Madras plague regulations and rules for the inspection of inward and outward bound vessels - Volume 2
Disease focus: Plague
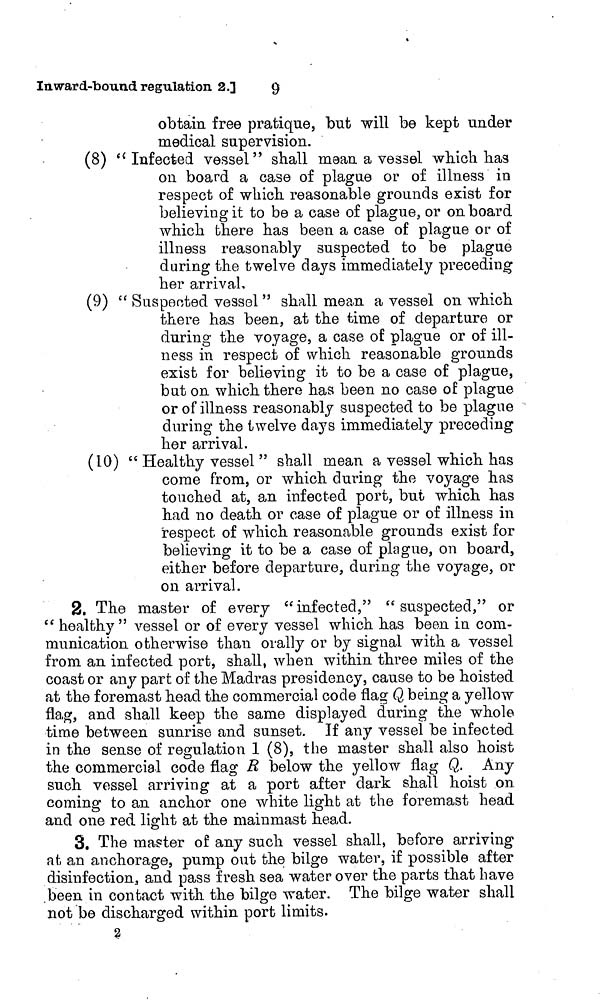
9
Inward-bound regulation 2.]
obtain free pratique, but will be kept under
medical supervision.
(8) "Infected vessel" shall mean a vessel which has
on board a case of plague or of illness in
respect of which reasonable grounds exist for
believing it to be a case of plague, or on board
which there has been a case of plague or of
illness reasonably suspected to be plague
during the twelve days immediately preceding
her arrival,
(9) " Suspected vessel " shall mean a vessel on which
there has been, at the time of departure or
during the voyage, a case of plague or of ill-
ness in respect of which reasonable grounds
exist for believing it to be a case of plague,
but on which there has been no case of plague
or of illness reasonably suspected to be plague
during the twelve days immediately preceding
her arrival.
(10) " Healthy vessel " shall mean a vessel which has
come from, or which during the voyage has
touched at, an infected port, but which has
had no death or case of plague or of illness in
respect of which reasonable grounds exist for
believing it to be a case of plague, on board,
either before departure, during the voyage, or
on arrival.
2. The master of every "infected," " suspected," or
" healthy " vessel or of every vessel which has been in com-
munication otherwise than orally or by signal with a vessel
from an infected port, shall, when within three miles of the
coast or any part of the Madras presidency, cause to be hoisted
at the foremast head the commercial code flag Q being a yellow
flag, and shall keep the same displayed during the whole
time between sunrise and sunset. If any vessel be infected
in the sense of regulation 1 (8), the master shall also hoist
the commercial code flag R below the yellow flag Q. Any
such vessel arriving at a port after dark shall hoist on
coming to an anchor one white light at the foremast head
and one red light at the mainmast head.
3. The master of any such vessel shall, before arriving
at an anchorage, pump out the bilge water, if possible after
disinfection, and pass fresh sea water over the parts that have
been in contact with the bilge water. The bilge water shall
not be discharged within port limits.
2